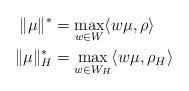
LaTeX: \begin{align*}\| \mu \|^* & = \underset{w \in W}{\max} \langle w \mu, \rho \rangle \\\| \mu \|^*_H & = \underset{w \in W_H}{\max} \langle w \mu, \rho_H \rangle \end{align*}